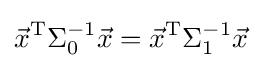
{\vec {x}}^{\mathrm {T} }\Sigma _{0}^{-1}{\vec {x}}={\vec {x}}^{\mathrm {T} }\Sigma _{1}^{-1}{\vec {x}}